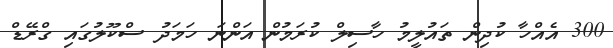
300 އެއްހާ ކުދިން ތައުލީމު ހާސިލް ކުރަމުން އަންނަ ހަމަދު ސްކޫލުގައި ގްރޭޑް